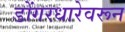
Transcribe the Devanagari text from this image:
डोंगरधारेवरून